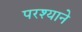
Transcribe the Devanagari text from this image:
परश्याने